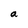
Character: a